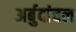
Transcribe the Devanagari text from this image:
अर्बुदांचल